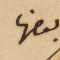
بعضها